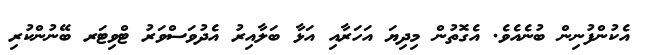
އެކުންފުނިން ބުނެއެވެ. އެގޮތުން މިދިޔަ އަހަރާއި އަޅާ ބަލާއިރު އެދުވަސްވަރު ޓްވިޓަރ ބޭނުންކުރި